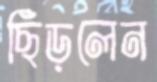
ছিঁড়লেন